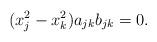
LaTeX: \begin{align*}(x_j^2 - x_k^2) a_{jk} b_{jk} = 0.\end{align*}